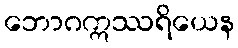
ဘောဂဣဿရိယေန